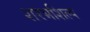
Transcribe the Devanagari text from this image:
शरभशिल्प